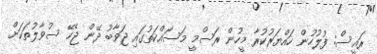
ރައީސް: ފުލުހުން ހައްޔަރުކުރާ މީހުން ރަސްމީ މަސައްކަތުގައި ޖަވާބު ދޭން ޖެހޭ ސުވާލުތަކަށް